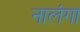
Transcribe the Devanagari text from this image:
नालंगा